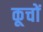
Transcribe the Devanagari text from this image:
कूचों